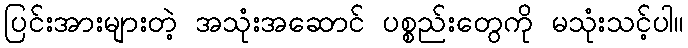
ပြင်းအားများတဲ့ အသုံးအဆောင် ပစ္စည်းတွေကို မသုံးသင့်ပါ။